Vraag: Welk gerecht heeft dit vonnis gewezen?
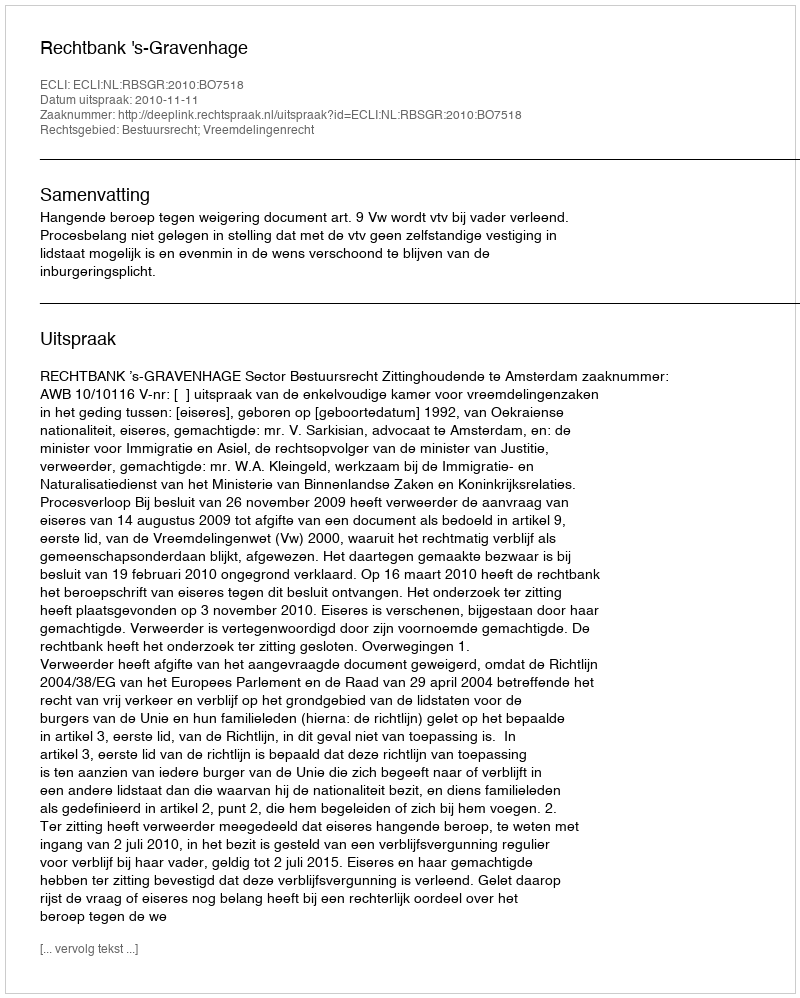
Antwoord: Rechtbank 's-Gravenhage